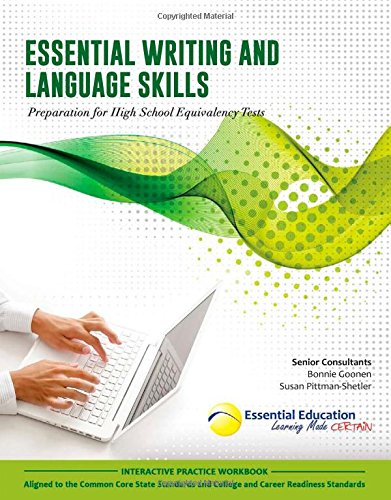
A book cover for Essential Writing and Language Skills, Preparation for High School Equivalency Tests; Teresa Perrin; Test Preparation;